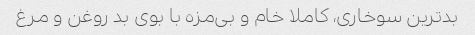
بدترین سوخاری، ‌کاملا خام و بی‌مزه با بوی بد روغن و مرغ